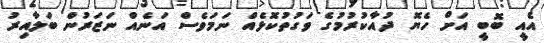
އެއީ ބޮބީ އަށް ހެޔޮ ދުއާކުރުމުގެ ވަގުތުކޮޅެއް ނަމަވެސް އަނެއް ނަޒަރުން ބަލާއިރު